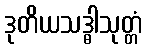
ဒုတိယသဒ္ဓါသုတ္တံ